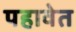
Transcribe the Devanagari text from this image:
पहावेत